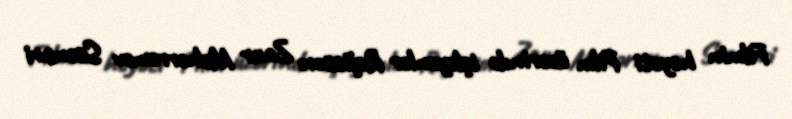
Filmin heyəti Film üzərində işləyənlər Rejissor: Zaur Məhərrəmov Ssenari